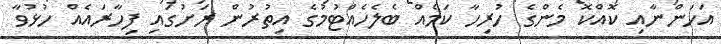
އަހަންނާއި ކޮއްކޮ މެންގެ ހުރިހާ ކަމެއް ބެލެހެއްޓުމުގެ އިތުރުން ރަށުގައި ފިހާރައެއް ހުޅުވާ